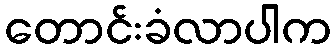
တောင်းခံလာပါက